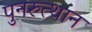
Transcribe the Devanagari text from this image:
पुनरुत्‍थान